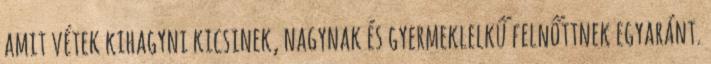
amit vétek kihagyni kicsinek, nagynak és gyermeklelkű felnőttnek egyaránt.